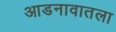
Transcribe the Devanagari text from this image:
आडनावातला